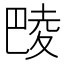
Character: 𱜞